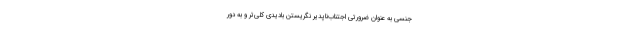
جنسی به عنوان ضرورتی اجتناب‌ناپدیر نگریستن بادیدی کلی‌تر و به دور